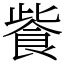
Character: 飺